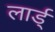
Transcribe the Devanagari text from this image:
लार्ड्‌